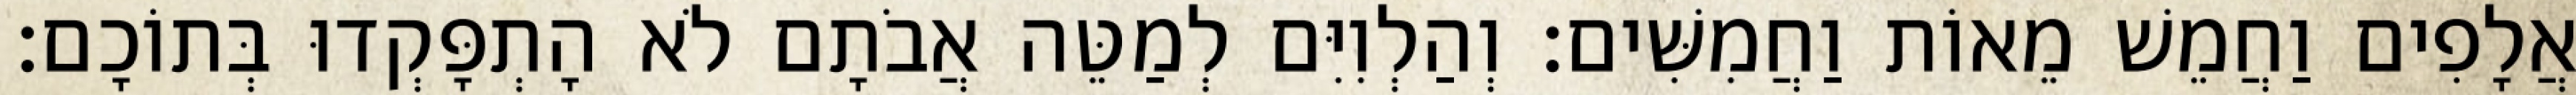
אֲלָפִים וַחֲמֵשׁ מֵאוֹת וַחֲמִשִּׁים׃ וְהַלְוִיִּם לְמַטֵּה אֲבֹתָם לֹא הָתְפָּקְדוּ בְּתוֹכָם׃